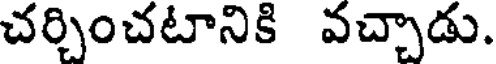
చర్చించటానికి వచ్చాడు.